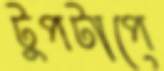
টুপটাপে